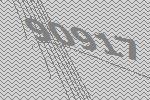
90917